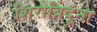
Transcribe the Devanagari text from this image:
शिरोबिंदूंना